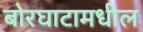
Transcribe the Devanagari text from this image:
बोरघाटामधील